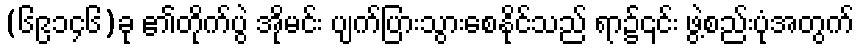
(၆၉၁၄၆)ခု ၏တိုက်ပွဲ အိုမင်း ပျက်ပြားသွားစေနိုင်သည် ရာ၌၎င်း ဖွဲ့စည်းပုံအတွက်